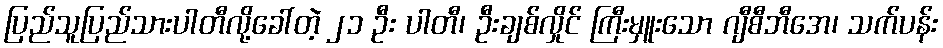
ပြည်သူပြည်သားပါတီလို့ခေါ်တဲ့ ၂၁ ဦး ပါတီ၊ ဦးချစ်လှိုင် ကြီးမှူးသော ဂျီစီဘီအေ၊ သက်ပန်း